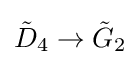
{\tilde {D}}_{4}\to {\tilde {G}}_{2}